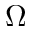
\Omega